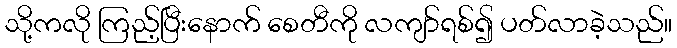
သို့ကလို ကြည့်ပြီးနောက် စေတီကို လကျာ်ရစ်၍ ပတ်လာခဲ့သည်။